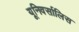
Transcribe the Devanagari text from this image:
यूनिवर्सालिस